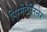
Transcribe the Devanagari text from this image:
पिग्मेंटलिनेर